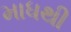
માધથી